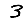
Digit: 3